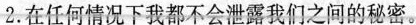
2.在任何情况下我都不会泄露我们之间的秘密。